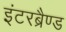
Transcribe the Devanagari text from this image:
इंटरब्रैण्ड